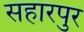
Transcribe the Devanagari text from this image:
सहारपुर